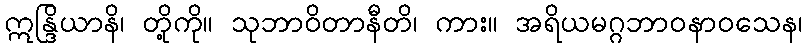
ဣန္ဒြိယာနိ၊ တို့ကို။ သုဘာဝိတာနီတိ၊ ကား။ အရိယမဂ္ဂဘာဝနာဝသေန၊